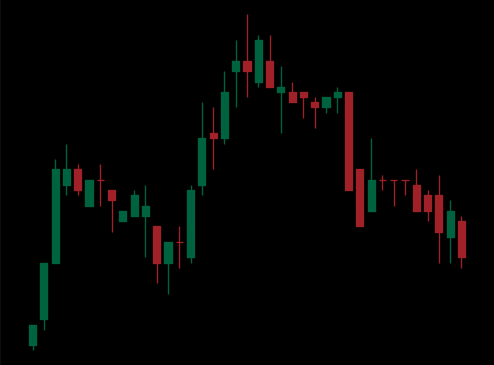
Pattern: head_shoulders